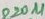
Text: 220µ